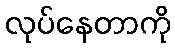
လုပ်နေတာကို